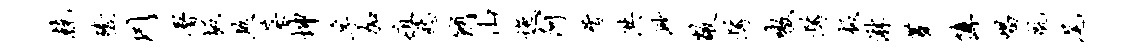
兢殪罔署坂煞菜坤孚加疽愁简山迤阿屑洪渺敞髯嗷髯板淋蓁簿唱航尾